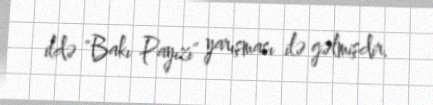
ildə "Bakı Payızı" yarışması ilə gəlmişdir.